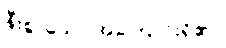
နီးစွာသော အကြောင်းရှိ၏။